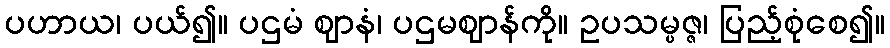
ပဟာယ၊ ပယ်၍။ ပဌမံ ဈာနံ၊ ပဌမဈာန်ကို။ ဥပသမ္ပဇ္ဇ၊ ပြည့်စုံစေ၍။